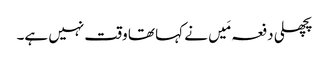
پچھلی دفعہ مَیں نے کہا تھا وقت نہیں ہے۔